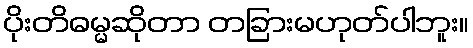
ပိုးတိဓမ္မဆိုတာ တခြားမဟုတ်ပါဘူး။